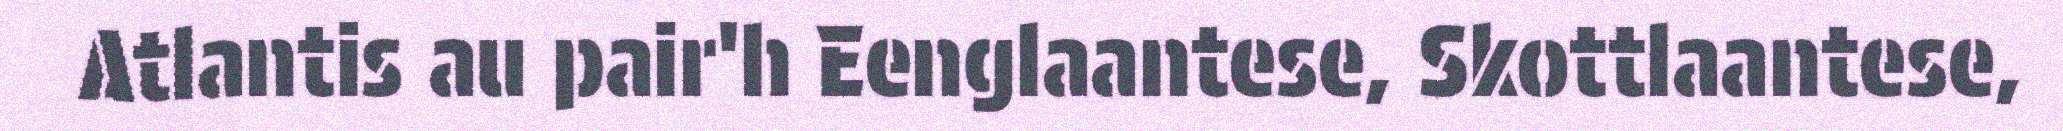
Atlantis au pair'h Eenglaantese, Skottlaantese,